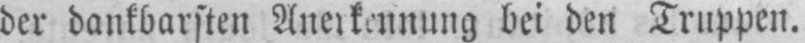
der dankbarsten Anerkennung bei den Truppen.